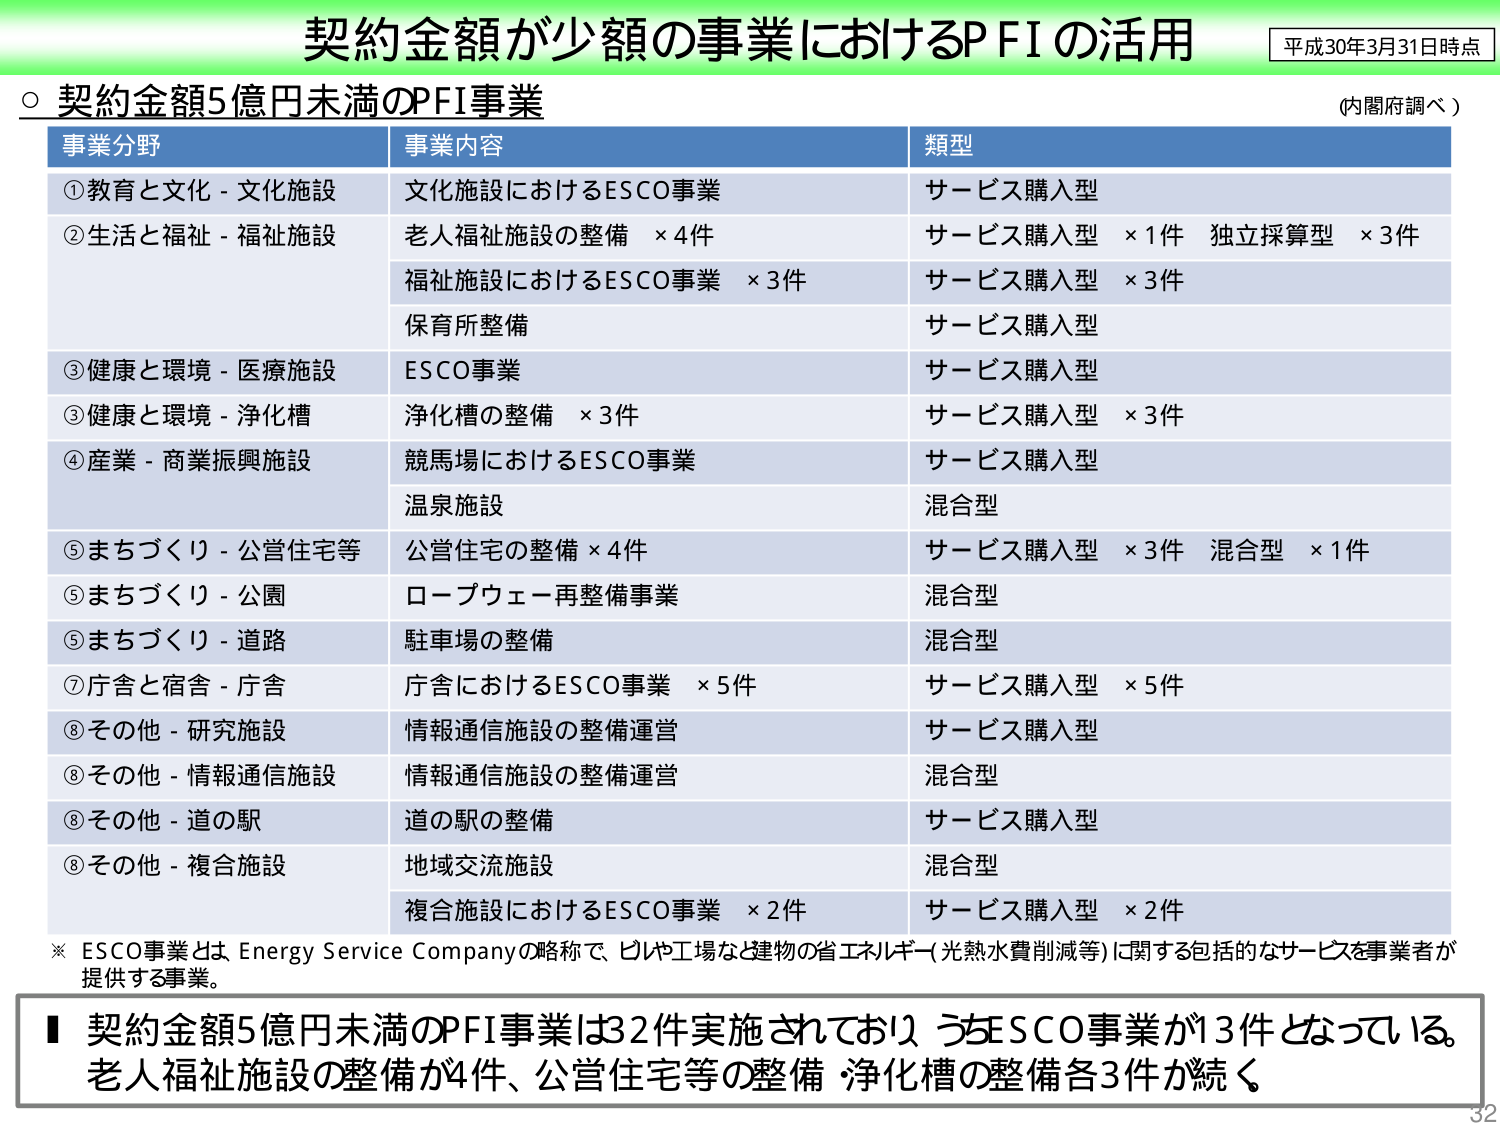
契約金額が少額の事業におけるPFIの活用
平成30年3月31日時点

○ 契約金額5億円未満のPFI事業
（内閣府調べ）

事業分野　　　　　　　　　事業内容　　　　　　　　　　　　　　　　類型
①教育と文化 - 文化施設　　文化施設におけるESCO事業　　　　　　サービス購入型
②生活と福祉 - 福祉施設　　老人福祉施設の整備 ×4件　　　　　　サービス購入型 ×1件　独立採算型 ×3件
　　　　　　　　　　　　　福祉施設におけるESCO事業 ×3件　　サービス購入型 ×3件
　　　　　　　　　　　　　保育所整備　　　　　　　　　　　　　サービス購入型
③健康と環境 - 医療施設　　ESCO事業　　　　　　　　　　　　　　サービス購入型
③健康と環境 - 浄化槽　　　浄化槽の整備 ×3件　　　　　　　　　サービス購入型 ×3件
④産業 - 商業振興施設　　競馬場におけるESCO事業　　　　　　　サービス購入型
　　　　　　　　　　　　　温泉施設　　　　　　　　　　　　　　混合型
⑤まちづくり - 公営住宅等　公営住宅の整備 ×4件　　　　　　　　サービス購入型 ×3件　混合型 ×1件
⑤まちづくり - 公園　　　　ロープウェー再整備事業　　　　　　　混合型
⑤まちづくり - 道路　　　　駐車場の整備　　　　　　　　　　　　混合型
⑦庁舎と宿舎 - 庁舎　　　　庁舎におけるESCO事業 ×5件　　　　サービス購入型 ×5件
⑧その他 - 研究施設　　　　情報通信施設の整備運営　　　　　　サービス購入型
⑧その他 - 情報通信施設　　情報通信施設の整備運営　　　　　　混合型
⑧その他 - 道の駅　　　　　道の駅の整備　　　　　　　　　　　サービス購入型
⑧その他 - 複合施設　　　　地域交流施設　　　　　　　　　　　混合型
　　　　　　　　　　　　　複合施設におけるESCO事業 ×2件　　サービス購入型 ×2件

※ ESCO事業とは Energy Service Companyの略称で、ビルや工場など建物の省エネルギー（光熱水費削減等）に関する包括的なサービスを事業者が提供する事業。

■ 契約金額5億円未満のPFI事業は32件実施されており、うちESCO事業が13件となっている。老人福祉施設の整備が4件、公営住宅等の整備・浄化槽の整備各3件が続く。

32